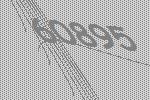
60895